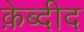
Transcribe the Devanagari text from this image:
क़ेब्दीद